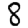
Digit: 8